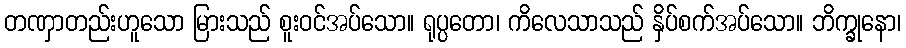
တဏှာတည်းဟူသော မြားသည် စူးဝင်အပ်သော။ ရုပ္ပတော၊ ကိလေသာသည် နှိပ်စက်အပ်သော။ ဘိက္ခုနော၊